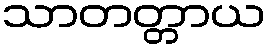
သာတတ္တာယ